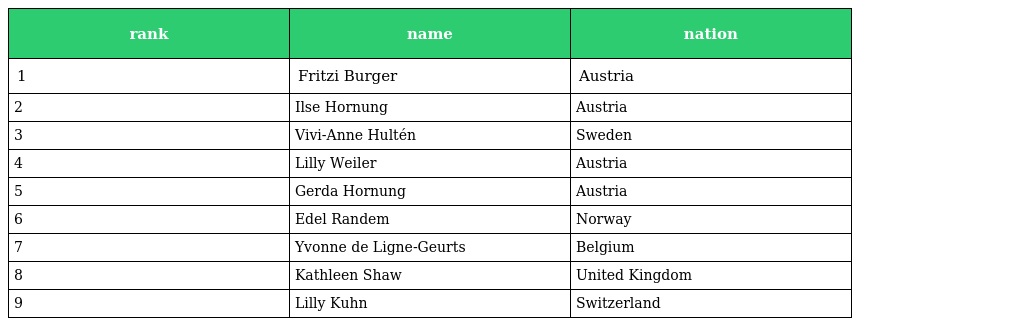
| rank | name | nation |
 | --- | --- | --- |
 | 1 | Fritzi Burger | Austria |
 | 2 | Ilse Hornung | Austria |
 | 3 | Vivi-Anne Hultén | Sweden |
 | 4 | Lilly Weiler | Austria |
 | 5 | Gerda Hornung | Austria |
 | 6 | Edel Randem | Norway |
 | 7 | Yvonne de Ligne-Geurts | Belgium |
 | 8 | Kathleen Shaw | United Kingdom |
 | 9 | Lilly Kuhn | Switzerland |